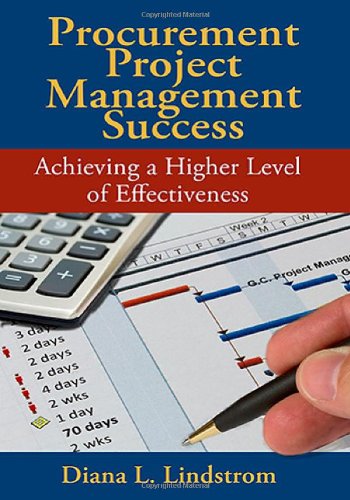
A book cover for Procurement Project Management Success: Achieving a Higher Level of Effectiveness; Diana Lindstrom; Business & Money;